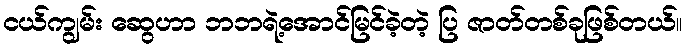
ငယ်ကျွမ်း ဆွေဟာ ဘဘရဲ့အောင်မြင်ခဲ့တဲ့ ပြ ဇာတ်တစ်ခုဖြစ်တယ်။